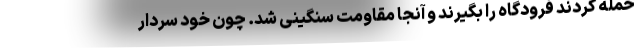
حمله کردند فرودگاه را بگیرند و آنجا مقاومت سنگینی شد. چون خود سردار